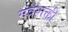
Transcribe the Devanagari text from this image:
मंत्रशक्ती